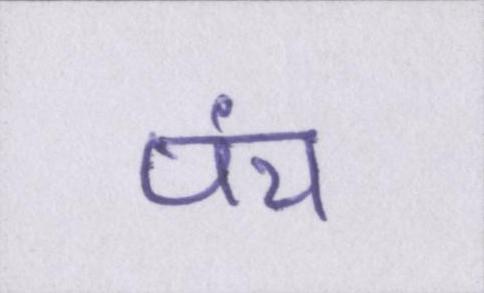
पंच